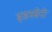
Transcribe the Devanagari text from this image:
इडस्सेरी